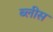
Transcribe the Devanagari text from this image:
ब्लीस